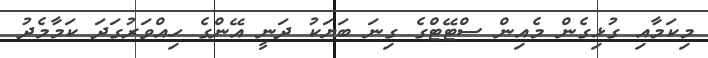
މިކަމާއި ގުޅިގެން މެއިން ސްޓޭޓްގެ ގިނަ ބަޔަކު ދަނީ އޭންގެ ހިއްވަރުގަދަ ކަމާމެދު